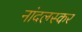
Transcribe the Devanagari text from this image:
नांदलस्कर